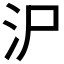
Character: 𱥱